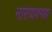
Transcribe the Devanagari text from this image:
नारायणगडा